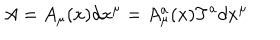
LaTeX: A = A _ { \mu } ( x ) d x ^ { \mu } = A _ { \mu } ^ { a } ( x ) T ^ { a } d x ^ { \mu }